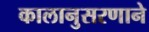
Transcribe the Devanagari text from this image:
कालानुसरणाने